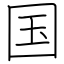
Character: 国